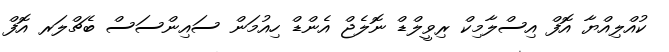
ކުއްލިއްޔާ އޮފް އިސްލާމިކް ރިވީލްޑް ނޮލެޖް އެންޑް ހިއުމަން ސައިންސަސް ބެޗްލަރ އޮފް